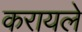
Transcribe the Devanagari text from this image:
करायले